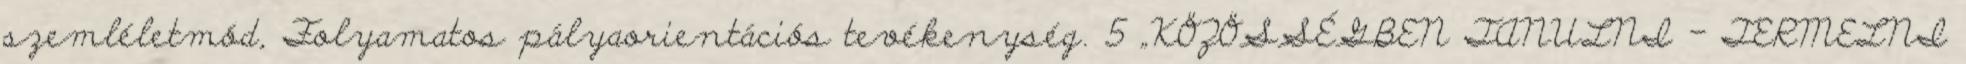
szemléletmód, Folyamatos pályaorientációs tevékenység. 5 „KÖZÖSSÉGBEN TANULNI - TERMELNI